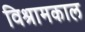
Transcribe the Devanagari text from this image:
विश्रामकाल